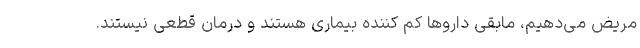
مریض می‌دهیم، مابقی داروها کم کننده بیماری هستند و درمان قطعی نیستند.